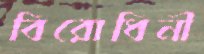
বিরোধিনী